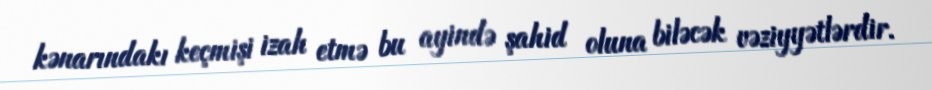
kənarındakı keçmişi izah etmə bu ayində şahid oluna biləcək vəziyyətlərdir.